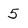
Character: 5